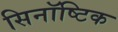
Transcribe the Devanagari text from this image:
सिनॉष्टिक